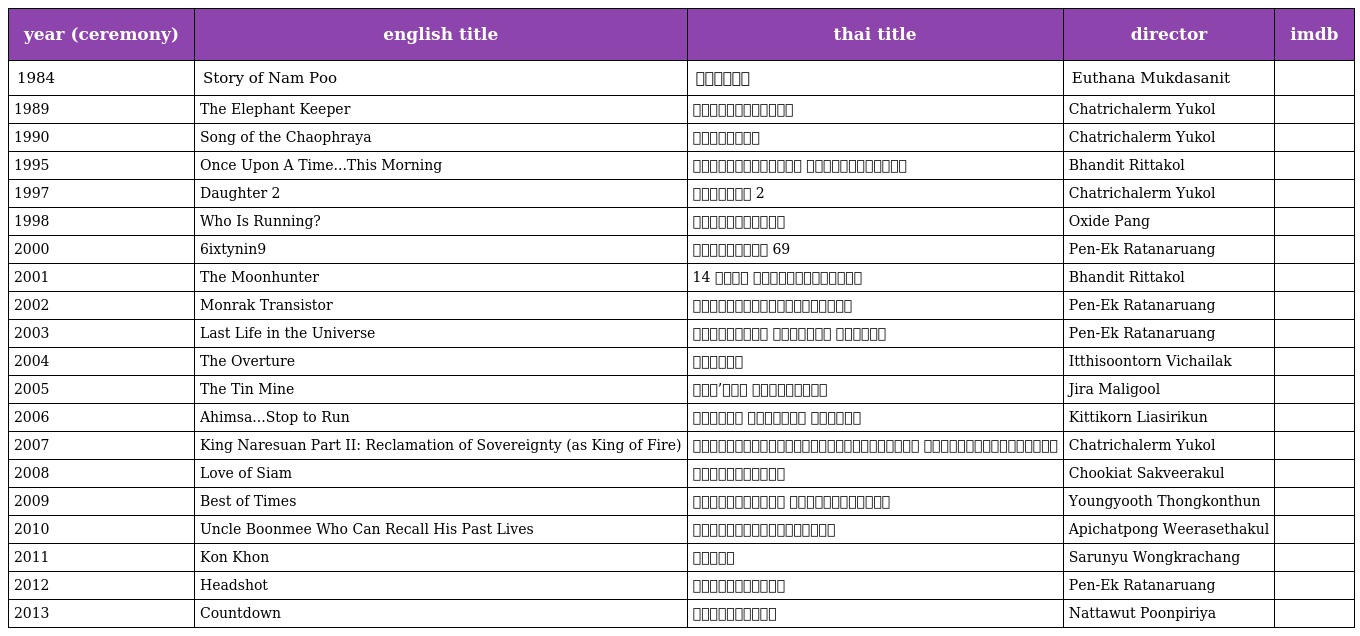
| year (ceremony) | english title | thai title | director | imdb |
 | --- | --- | --- | --- | --- |
 | 1984 | Story of Nam Poo | น้ำพุ | Euthana Mukdasanit |  |
 | 1989 | The Elephant Keeper | คนเลี้ยงช้าง | Chatrichalerm Yukol |  |
 | 1990 | Song of the Chaophraya | น้องเมีย | Chatrichalerm Yukol |  |
 | 1995 | Once Upon A Time...This Morning | กาลครั้งหนึ่ง เมื่อเช้านี้ | Bhandit Rittakol |  |
 | 1997 | Daughter 2 | เสียดาย 2 | Chatrichalerm Yukol |  |
 | 1998 | Who Is Running? | ท้าฟ้าลิขิต | Oxide Pang |  |
 | 2000 | 6ixtynin9 | เรื่องตลก 69 | Pen-Ek Ratanaruang |  |
 | 2001 | The Moonhunter | 14 ตุลา สงครามประชาชน | Bhandit Rittakol |  |
 | 2002 | Monrak Transistor | มนต์รักทรานซิสเตอร์ | Pen-Ek Ratanaruang |  |
 | 2003 | Last Life in the Universe | เรื่องรัก น้อยนิด มหาศาล | Pen-Ek Ratanaruang |  |
 | 2004 | The Overture | โหมโรง | Itthisoontorn Vichailak |  |
 | 2005 | The Tin Mine | มหา’ลัย เหมืองแร่ | Jira Maligool |  |
 | 2006 | Ahimsa...Stop to Run | อหิงสา จิ๊กโก๋ มีกรรม | Kittikorn Liasirikun |  |
 | 2007 | King Naresuan Part II: Reclamation of Sovereignty (as King of Fire) | ตำนานสมเด็จพระนเรศวรมหาราช ตอนประกาศอิสรภาพ | Chatrichalerm Yukol |  |
 | 2008 | Love of Siam | รักแห่งสยาม | Chookiat Sakveerakul |  |
 | 2009 | Best of Times | ความจำสั้น แต่รักฉันยาว | Youngyooth Thongkonthun |  |
 | 2010 | Uncle Boonmee Who Can Recall His Past Lives | ลุงบุญมีระลึกชาติ | Apichatpong Weerasethakul |  |
 | 2011 | Kon Khon | คนโขน | Sarunyu Wongkrachang |  |
 | 2012 | Headshot | ฝนตกขึ้นฟ้า | Pen-Ek Ratanaruang |  |
 | 2013 | Countdown | เคาท์ดาวน์ | Nattawut Poonpiriya |  |